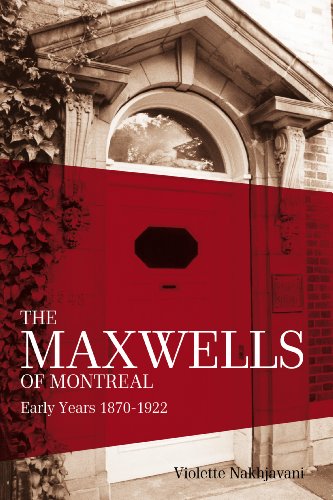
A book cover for Maxwells of Montreal, The; Violette Nakhjavani; Biographies & Memoirs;